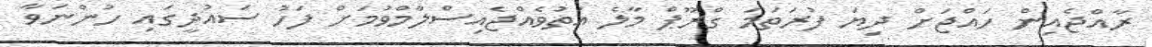
ރާއްޖެއިން ހައްޖަށް ދިޔަ ފުރަތަމަ ގްރޫޕް މާލެ އަތުވެއްޖެއިސްލާމްވުމަށް ފަހު ސައުދީގައި ހުންނަވާ